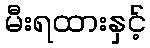
မီးရထားနှင့်